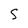
Character: 5